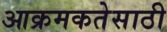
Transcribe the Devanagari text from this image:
आक्रमकतेसाठी